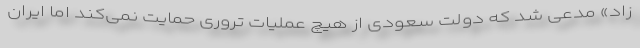
زاد» مدعی شد که دولت سعودی از هیچ عملیات تروری حمایت نمی‌کند اما ایران